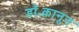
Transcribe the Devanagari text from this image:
डॉ॰क़ानून